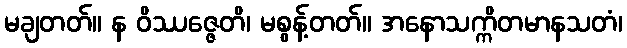
မချတတ်။ န ဝိဿဇ္ဇေတိ၊ မစွန့်တတ်။ အနောသက္ကိတမာနသတံ၊